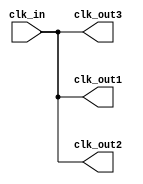
module ClockBuffer (
    input wire clk_in,            // Single-ended input clock signal
    output wire clk_out1,        // First output clock signal
    output wire clk_out2,        // Second output clock signal (can be extended for more outputs)
    output wire clk_out3         // Third output clock signal (optional)
);

    // Parameter for drive strength, can be adjusted based on technology
    parameter DRIVE_STRENGTH = 4; // Example drive strength parameter

    // Buffering logic to enhance drive capability and distribute clock signal
    // This uses a simple assign statement for demonstration purposes
    // In practice, you might want to use specific buffer primitives provided by your target FPGA or ASIC technology

    assign clk_out1 = clk_in; // Directly drive the output
    assign clk_out2 = clk_in; // Directly drive the output
    assign clk_out3 = clk_in; // Directly drive the output

    // Additional logic for signal integrity, jitter, and skew management can be added here
    // For real implementations, consider using technology-specific buffer primitives
    // to ensure proper drive strength and propagation delay.

endmodule